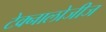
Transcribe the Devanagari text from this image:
टेक्नालोजीज